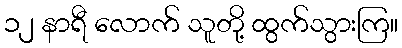
၁၂ နာရီ လောက် သူတို့ ထွက်သွားကြ။